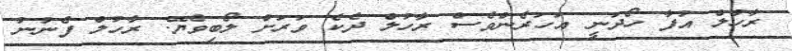
ރާހުލް އުފާ ހޯދަނީ އަހަރެންވެސް ރާހުލް ދެކެ ވަރަށް ލޯބިވެޔޭ. ރާހުލް ފެނުނު